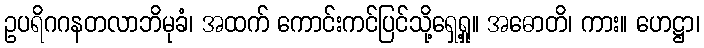
ဥပရိဂဂနတလာဘိမုခံ၊ အထက် ကောင်းကင်ပြင်သို့ရှေ့ရှု။ အဓောတိ၊ ကား။ ဟေဋ္ဌာ၊